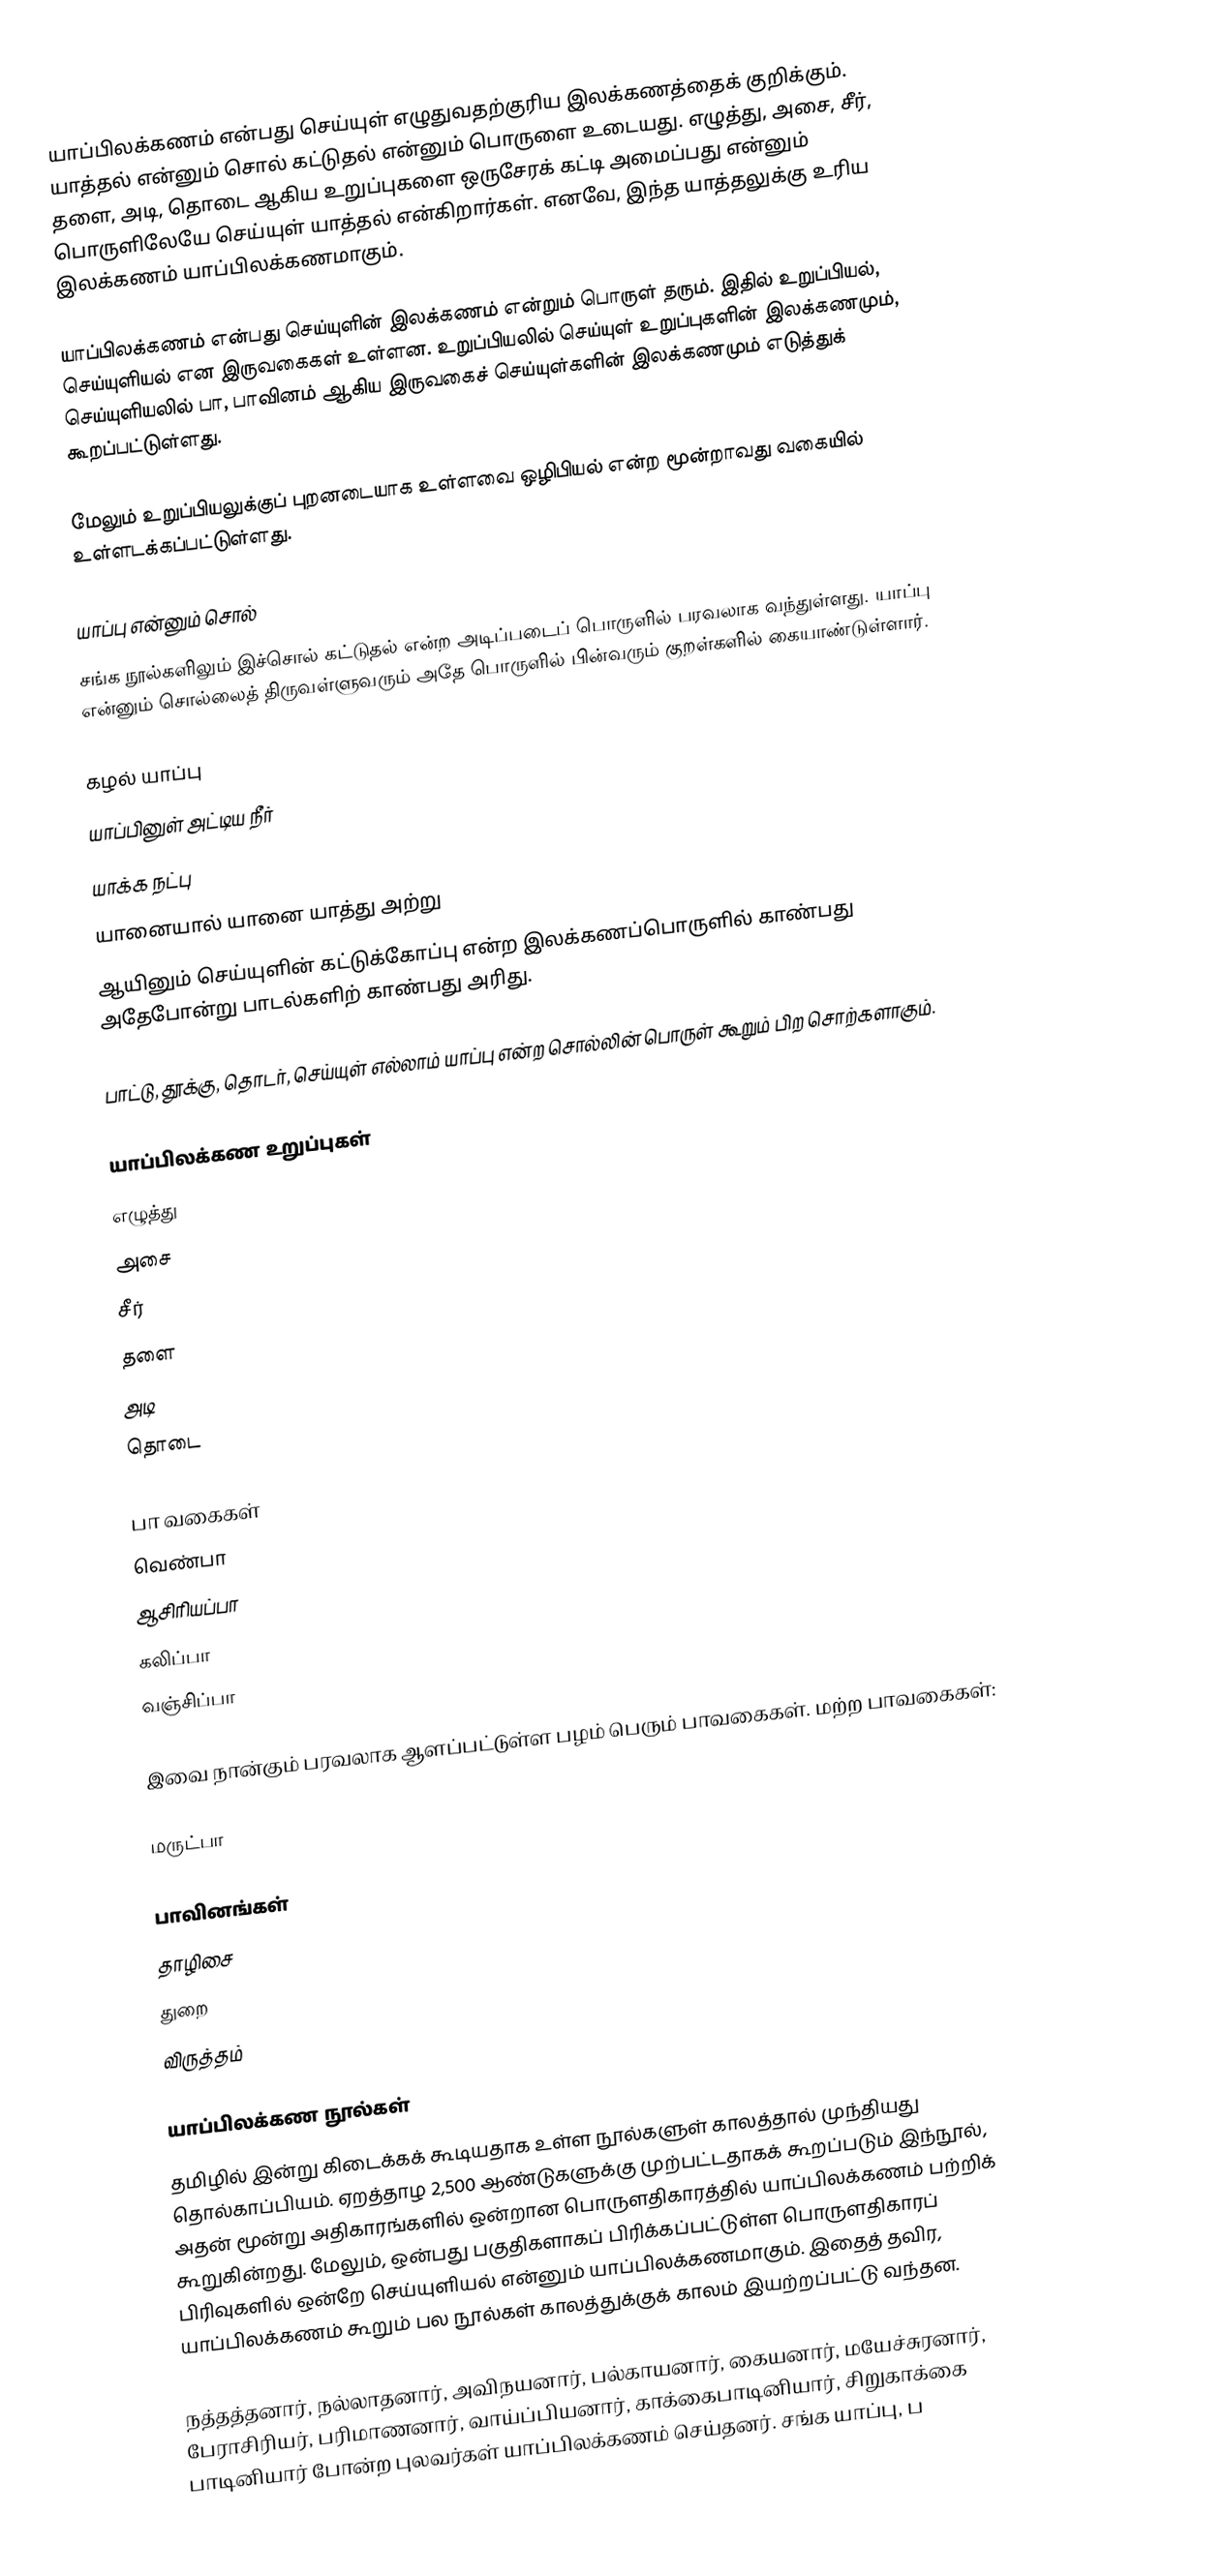
யாப்பிலக்கணம் என்பது செய்யுள் எழுதுவதற்குரிய இலக்கணத்தைக் குறிக்கும். யாத்தல் என்னும் சொல் கட்டுதல் என்னும் பொருளை உடையது. எழுத்து, அசை, சீர், தளை, அடி, தொடை ஆகிய உறுப்புகளை ஒருசேரக் கட்டி அமைப்பது என்னும் பொருளிலேயே செய்யுள் யாத்தல் என்கிறார்கள். எனவே, இந்த யாத்தலுக்கு உரிய இலக்கணம் யாப்பிலக்கணமாகும்.

யாப்பிலக்கணம் என்பது செய்யுளின் இலக்கணம் என்றும் பொருள் தரும். இதில் உறுப்பியல், செய்யுளியல் என இருவகைகள் உள்ளன. உறுப்பியலில் செய்யுள் உறுப்புகளின் இலக்கணமும், செய்யுளியலில் பா, பாவினம் ஆகிய இருவகைச் செய்யுள்களின் இலக்கணமும் எடுத்துக் கூறப்பட்டுள்ளது.

மேலும் உறுப்பியலுக்குப் புறனடையாக உள்ளவை ஒழிபியல் என்ற மூன்றாவது வகையில் உள்ளடக்கப்பட்டுள்ளது.

யாப்பு என்னும் சொல்
சங்க நூல்களிலும் இச்சொல் கட்டுதல் என்ற அடிப்படைப் பொருளில் பரவலாக வந்துள்ளது. யாப்பு என்னும் சொல்லைத் திருவள்ளுவரும் அதே பொருளில் பின்வரும் குறள்களில் கையாண்டுள்ளார்.

கழல் யாப்பு
யாப்பினுள் அட்டிய நீர்
யாக்க நட்பு
யானையால் யானை யாத்து அற்று
ஆயினும் செய்யுளின் கட்டுக்கோப்பு என்ற இலக்கணப்பொருளில் காண்பது அதேபோன்று பாடல்களிற் காண்பது அரிது.

பாட்டு, தூக்கு, தொடர், செய்யுள் எல்லாம் யாப்பு என்ற சொல்லின் பொருள் கூறும் பிற சொற்களாகும்.

யாப்பிலக்கண உறுப்புகள்
 எழுத்து
 அசை
 சீர்
 தளை
 அடி
 தொடை

பா வகைகள்
 வெண்பா
 ஆசிரியப்பா
 கலிப்பா
 வஞ்சிப்பா

இவை நான்கும் பரவலாக ஆளப்பட்டுள்ள பழம் பெரும் பாவகைகள். மற்ற பாவகைகள்:

 மருட்பா

பாவினங்கள்
 தாழிசை
 துறை
 விருத்தம்

யாப்பிலக்கண நூல்கள்
தமிழில் இன்று கிடைக்கக் கூடியதாக உள்ள நூல்களுள் காலத்தால் முந்தியது தொல்காப்பியம். ஏறத்தாழ 2,500 ஆண்டுகளுக்கு முற்பட்டதாகக் கூறப்படும் இந்நூல், அதன் மூன்று அதிகாரங்களில் ஒன்றான பொருளதிகாரத்தில் யாப்பிலக்கணம் பற்றிக் கூறுகின்றது. மேலும், ஒன்பது பகுதிகளாகப் பிரிக்கப்பட்டுள்ள பொருளதிகாரப் பிரிவுகளில் ஒன்றே செய்யுளியல் என்னும் யாப்பிலக்கணமாகும். இதைத் தவிர, யாப்பிலக்கணம் கூறும் பல நூல்கள் காலத்துக்குக் காலம் இயற்றப்பட்டு வந்தன.

நத்தத்தனார், நல்லாதனார், அவிநயனார், பல்காயனார், கையனார், மயேச்சுரனார், பேராசிரியர், பரிமாணனார், வாய்ப்பியனார், காக்கைபாடினியார், சிறுகாக்கை பாடினியார் போன்ற புலவர்கள் யாப்பிலக்கணம் செய்தனர். சங்க யாப்பு, ப